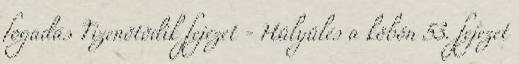
fogadás Tizenötödik fejezet - Hülyülés a köbön 53. fejezet